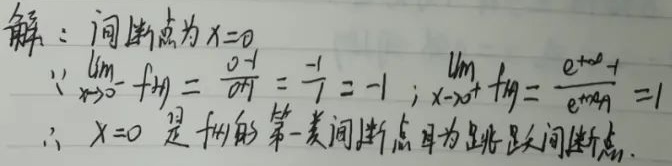
解：间断点为 \(x = 0\)。
\(\because\lim_{x \to 0^{-}}f(x)=\frac{0 - 1}{0 + 1}=\frac{-1}{1}=-1\)；\(\lim_{x \to 0^{+}}f(x)=\frac{e^{+0}-1}{e^{+0}+0}=1\)
\(\therefore x = 0\) 是 \(f(x)\) 的第一类间断点且为跳跃间断点。